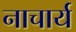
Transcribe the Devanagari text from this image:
नाचार्य